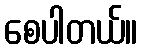
စေပါတယ်။